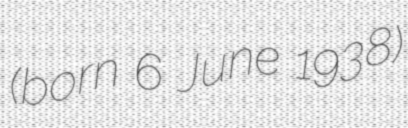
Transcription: (born 6 June 1938)